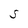
Character: S